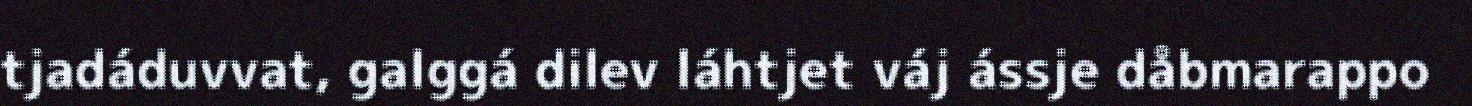
tjadáduvvat, galggá dilev láhtjet váj ássje dåbmarappo